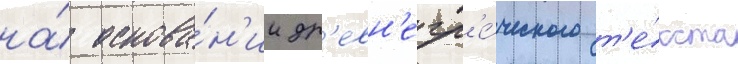
на́ основа́н'ии др'евн'егр'е́ческого т'е́кста